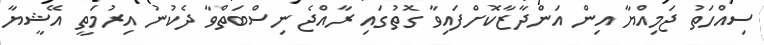
ސިއްހަތު ޖަމިއްޔާ އިން އަންދާޒާކޮށްފައިވާ ގޮތުގައި ރާއްޖެ ނިސްބަތްވާ ދެކުނު އިރުމަތީ އޭޝީޔާ